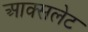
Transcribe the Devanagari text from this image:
आक्सलेट